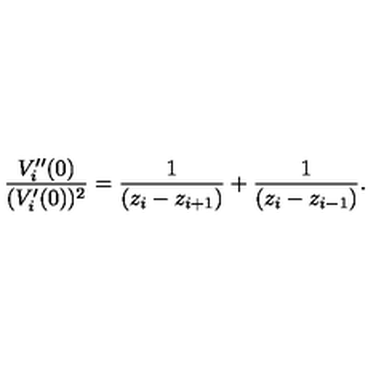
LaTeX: \frac { V _ { i } ^ { \prime \prime } ( 0 ) } { ( V _ { i } ^ { \prime } ( 0 ) ) ^ { 2 } } = \frac { 1 } { \left( z _ { i } - z _ { i + 1 } \right) } + \frac { 1 } { \left( z _ { i } - z _ { i - 1 } \right) } .